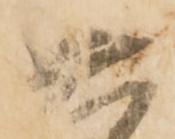
六